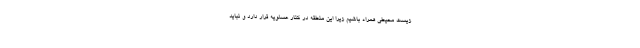
زیست محیطی همراه باشیم زیرا این منطقه در کنار عسلویه قرار دارد و نباید